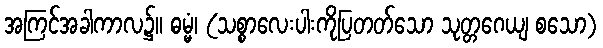
အကြင်အခါကာလ၌။ ဓမ္မံ၊ (သစ္စာလေးပါးကိုပြတတ်သော သုတ္တဂေယျ စသော)